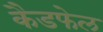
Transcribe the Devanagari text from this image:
कैडफेल